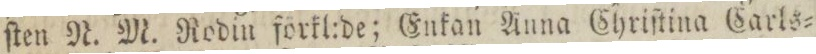
ſten N. M. Rodin förkl:de; Enkan Anna Chriſtina Carls=